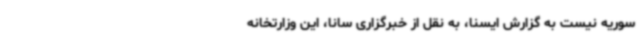
سوریه نیست به گزارش ایسنا، به نقل از خبرگزاری سانا، این وزارتخانه